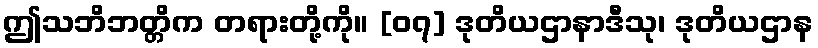
ဤသဘိဘတ္တိက တရားတို့ကို။ [၀၇] ဒုတိယဌာနာဒီသု၊ ဒုတိယဌာန